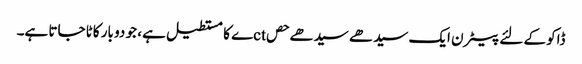
ڈاکو کے لئے پیٹرن ایک سیدھے سیدھے حصctے کا مستطیل ہے ، جو دو بار کاٹا جاتا ہے۔